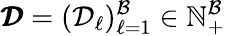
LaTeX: \pmb{\mathcal{D}}=(\mathcal{D}_{\ell})_{\ell=1}^{\mathcal{B}}\in\mathbb{N}_{+}^{\mathcal{B}}